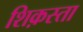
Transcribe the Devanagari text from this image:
शिक़स्ता